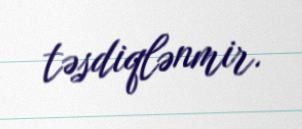
təsdiqlənmir.